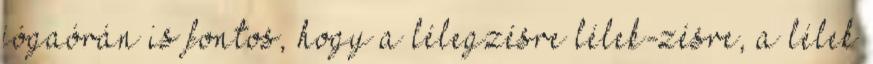
jógaórán is fontos, hogy a lélegzésre lélek-zésre, a lélek